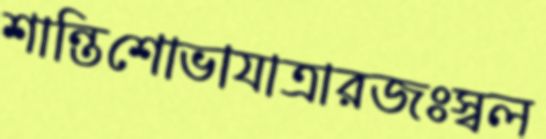
শান্তিশোভাযাত্রারজঃস্বল